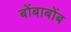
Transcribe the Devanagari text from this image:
बोंबाबोंब